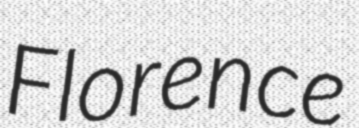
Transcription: Florence